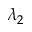
\lambda _ { 2 }